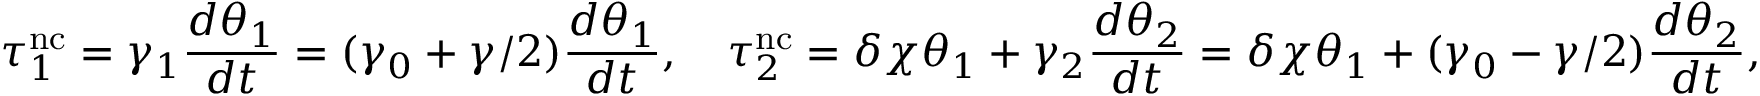
\tau _ { 1 } ^ { \mathrm { n c } } = \gamma _ { 1 } \frac { d \theta _ { 1 } } { d t } = ( \gamma _ { 0 } + \gamma / 2 ) \frac { d \theta _ { 1 } } { d t } , \quad \tau _ { 2 } ^ { \mathrm { n c } } = \delta \chi \theta _ { 1 } + \gamma _ { 2 } \frac { d \theta _ { 2 } } { d t } = \delta \chi \theta _ { 1 } + ( \gamma _ { 0 } - \gamma / 2 ) \frac { d \theta _ { 2 } } { d t } ,